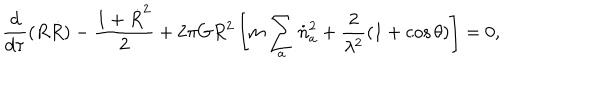
\frac { d } { d \tau } ( R \dot { R } ) - \frac { 1 + \dot { R } ^ { 2 } } { 2 } + 2 \pi G R ^ { 2 } \left[ m \sum _ { a } \dot { n } _ { a } ^ { 2 } + \frac { 2 } { \lambda ^ { 2 } } ( 1 + \cos \theta ) \right] = 0 ,